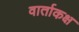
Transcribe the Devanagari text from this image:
वार्ताकक्ष